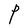
Character: P